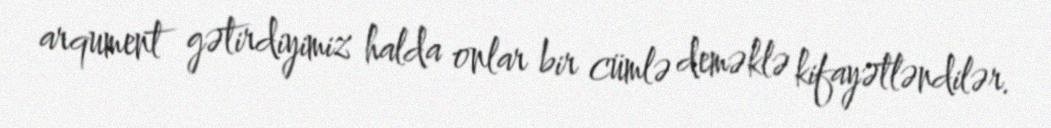
arqument gətirdiyimiz halda onlar bir cümlə deməklə kifayətləndilər.